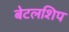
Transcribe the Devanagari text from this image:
बेटलशिप